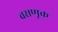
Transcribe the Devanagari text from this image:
वसणूक